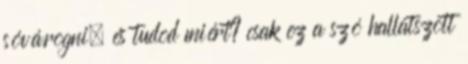
sóvárogni. és tudod miért? csak ez a szó hallatszott